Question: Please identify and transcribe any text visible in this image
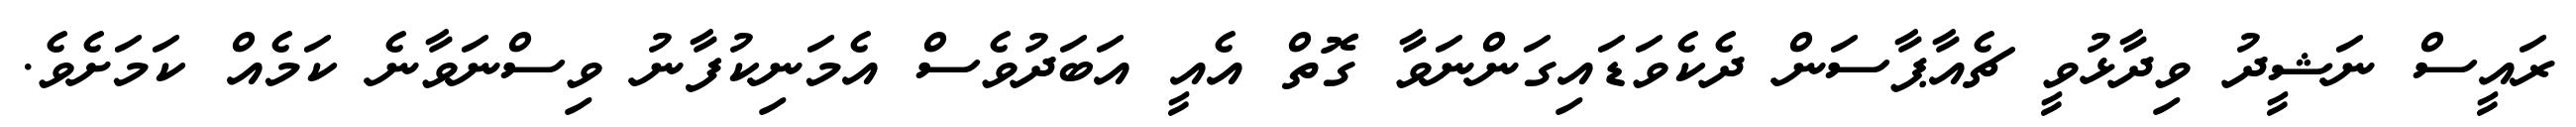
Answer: ރައީސް ނަޝީދު ވިދާޅުވީ ޗެއާޕާސަން ދެކެވަޑައިގަންނަވާ ގޮތް އެއީ އަބަދުވެސް އެމަނިކުފާނު ވިސްނަވާނެ ކަމެއް ކަމަށެވެ.